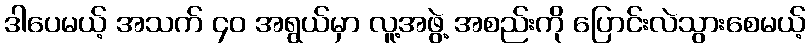
ဒါပေမယ့် အသက် ၄၀ အရွယ်မှာ လူ့အဖွဲ့ အစည်းကို ပြောင်းလဲသွားစေမယ့်